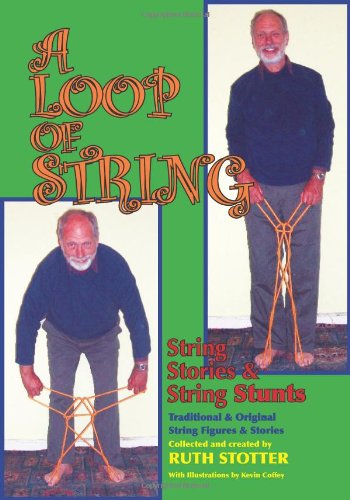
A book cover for A Loop of String: String Stories & String Stunts / Traditional & Original String Figures & Stories; Ruth Stotter; Crafts, Hobbies & Home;